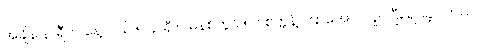
အချိန် နာရီက နေ့လယ် ၅ နာရီ ၈ မိနစ်တွင် ၅၆ စက္ကန့် ကြာအောင်လှုပ်ပြီး ရပ်ခဲ့ပါတယ်။